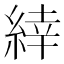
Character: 緈